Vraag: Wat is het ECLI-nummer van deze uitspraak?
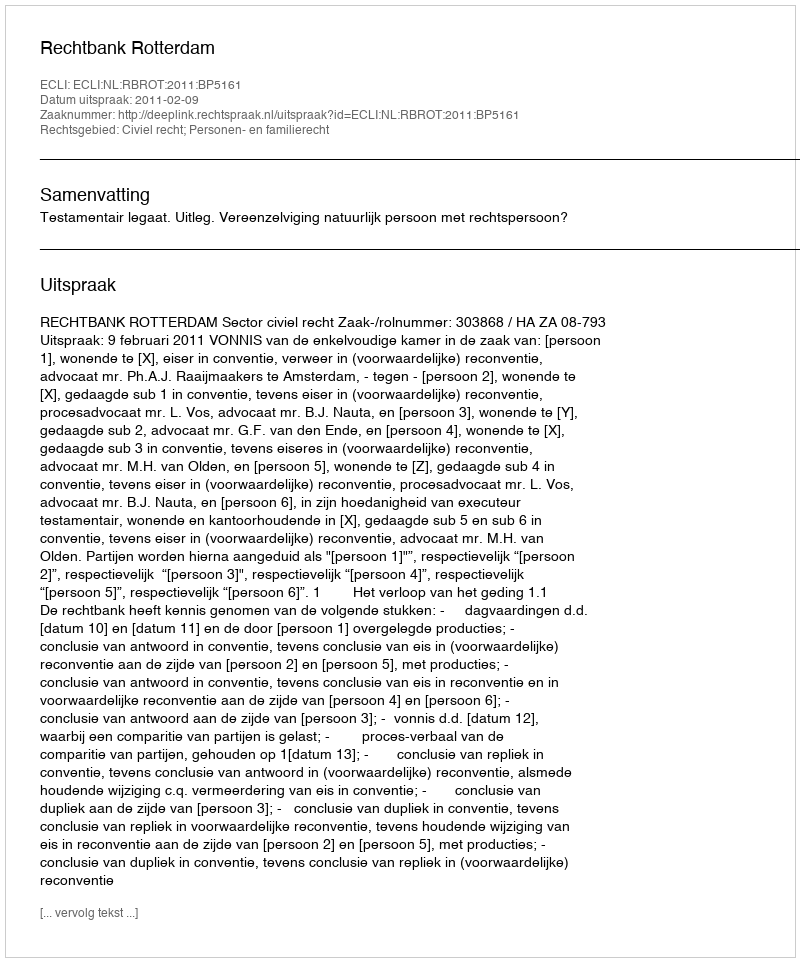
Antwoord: ECLI:NL:RBROT:2011:BP5161